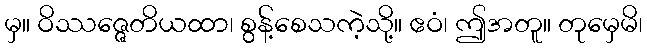
မှ။ ဝိဿဇ္ဇေတိယထာ၊ စွန့်စေသကဲ့သို့။ ဧဝံ၊ ဤအတူ။ တုမှေမိ၊